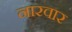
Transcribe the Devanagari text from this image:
नारवार